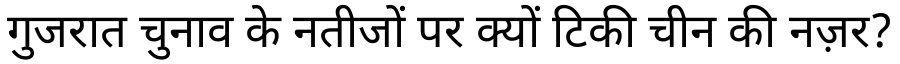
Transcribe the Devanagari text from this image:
गुजरात चुनाव के नतीजों पर क्यों टिकी चीन की नज़र?